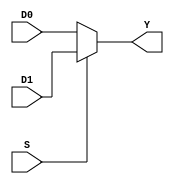
module mux21(
    input wire [31:0] D0, D1,
    input wire S,
    output reg [31:0] Y
    );

    always @(D0 or D1 or S)
    begin
        if(S)
            Y = D1;
        else
            Y = D0;
    end
endmodule